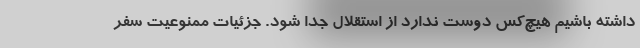
داشته باشیم هیچ‌کس دوست ندارد از استقلال جدا شود. جزئیات ممنوعیت سفر